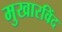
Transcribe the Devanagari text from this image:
मुखारविंद